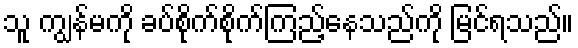
သူ ကျွန်မကို ခပ်စိုက်စိုက်ကြည့်နေသည်ကို မြင်ရသည်။